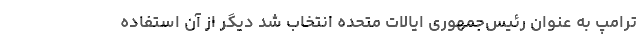
ترامپ به عنوان رئیس‌جمهوری ایالات متحده انتخاب شد دیگر از آن استفاده